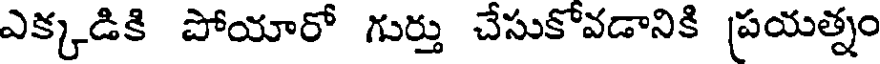
ఎక్కడికి పోయారో గుర్తు చేసుకోవడానికి ప్రయత్నం